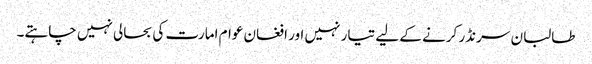
طالبان سرنڈر کرنے کے لیے تیار نہیں اور افغان عوام امارت کی بحالی نہیں چاہتے۔